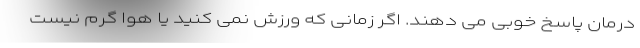
درمان پاسخ خوبی می دهند. اگر زمانی که ورزش نمی کنید یا هوا گرم نیست